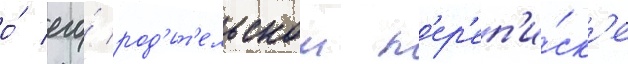
о́ его́ род'ит'ельскои п'ер'еп'и́ск'е